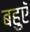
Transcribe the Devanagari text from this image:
बहुएॅ